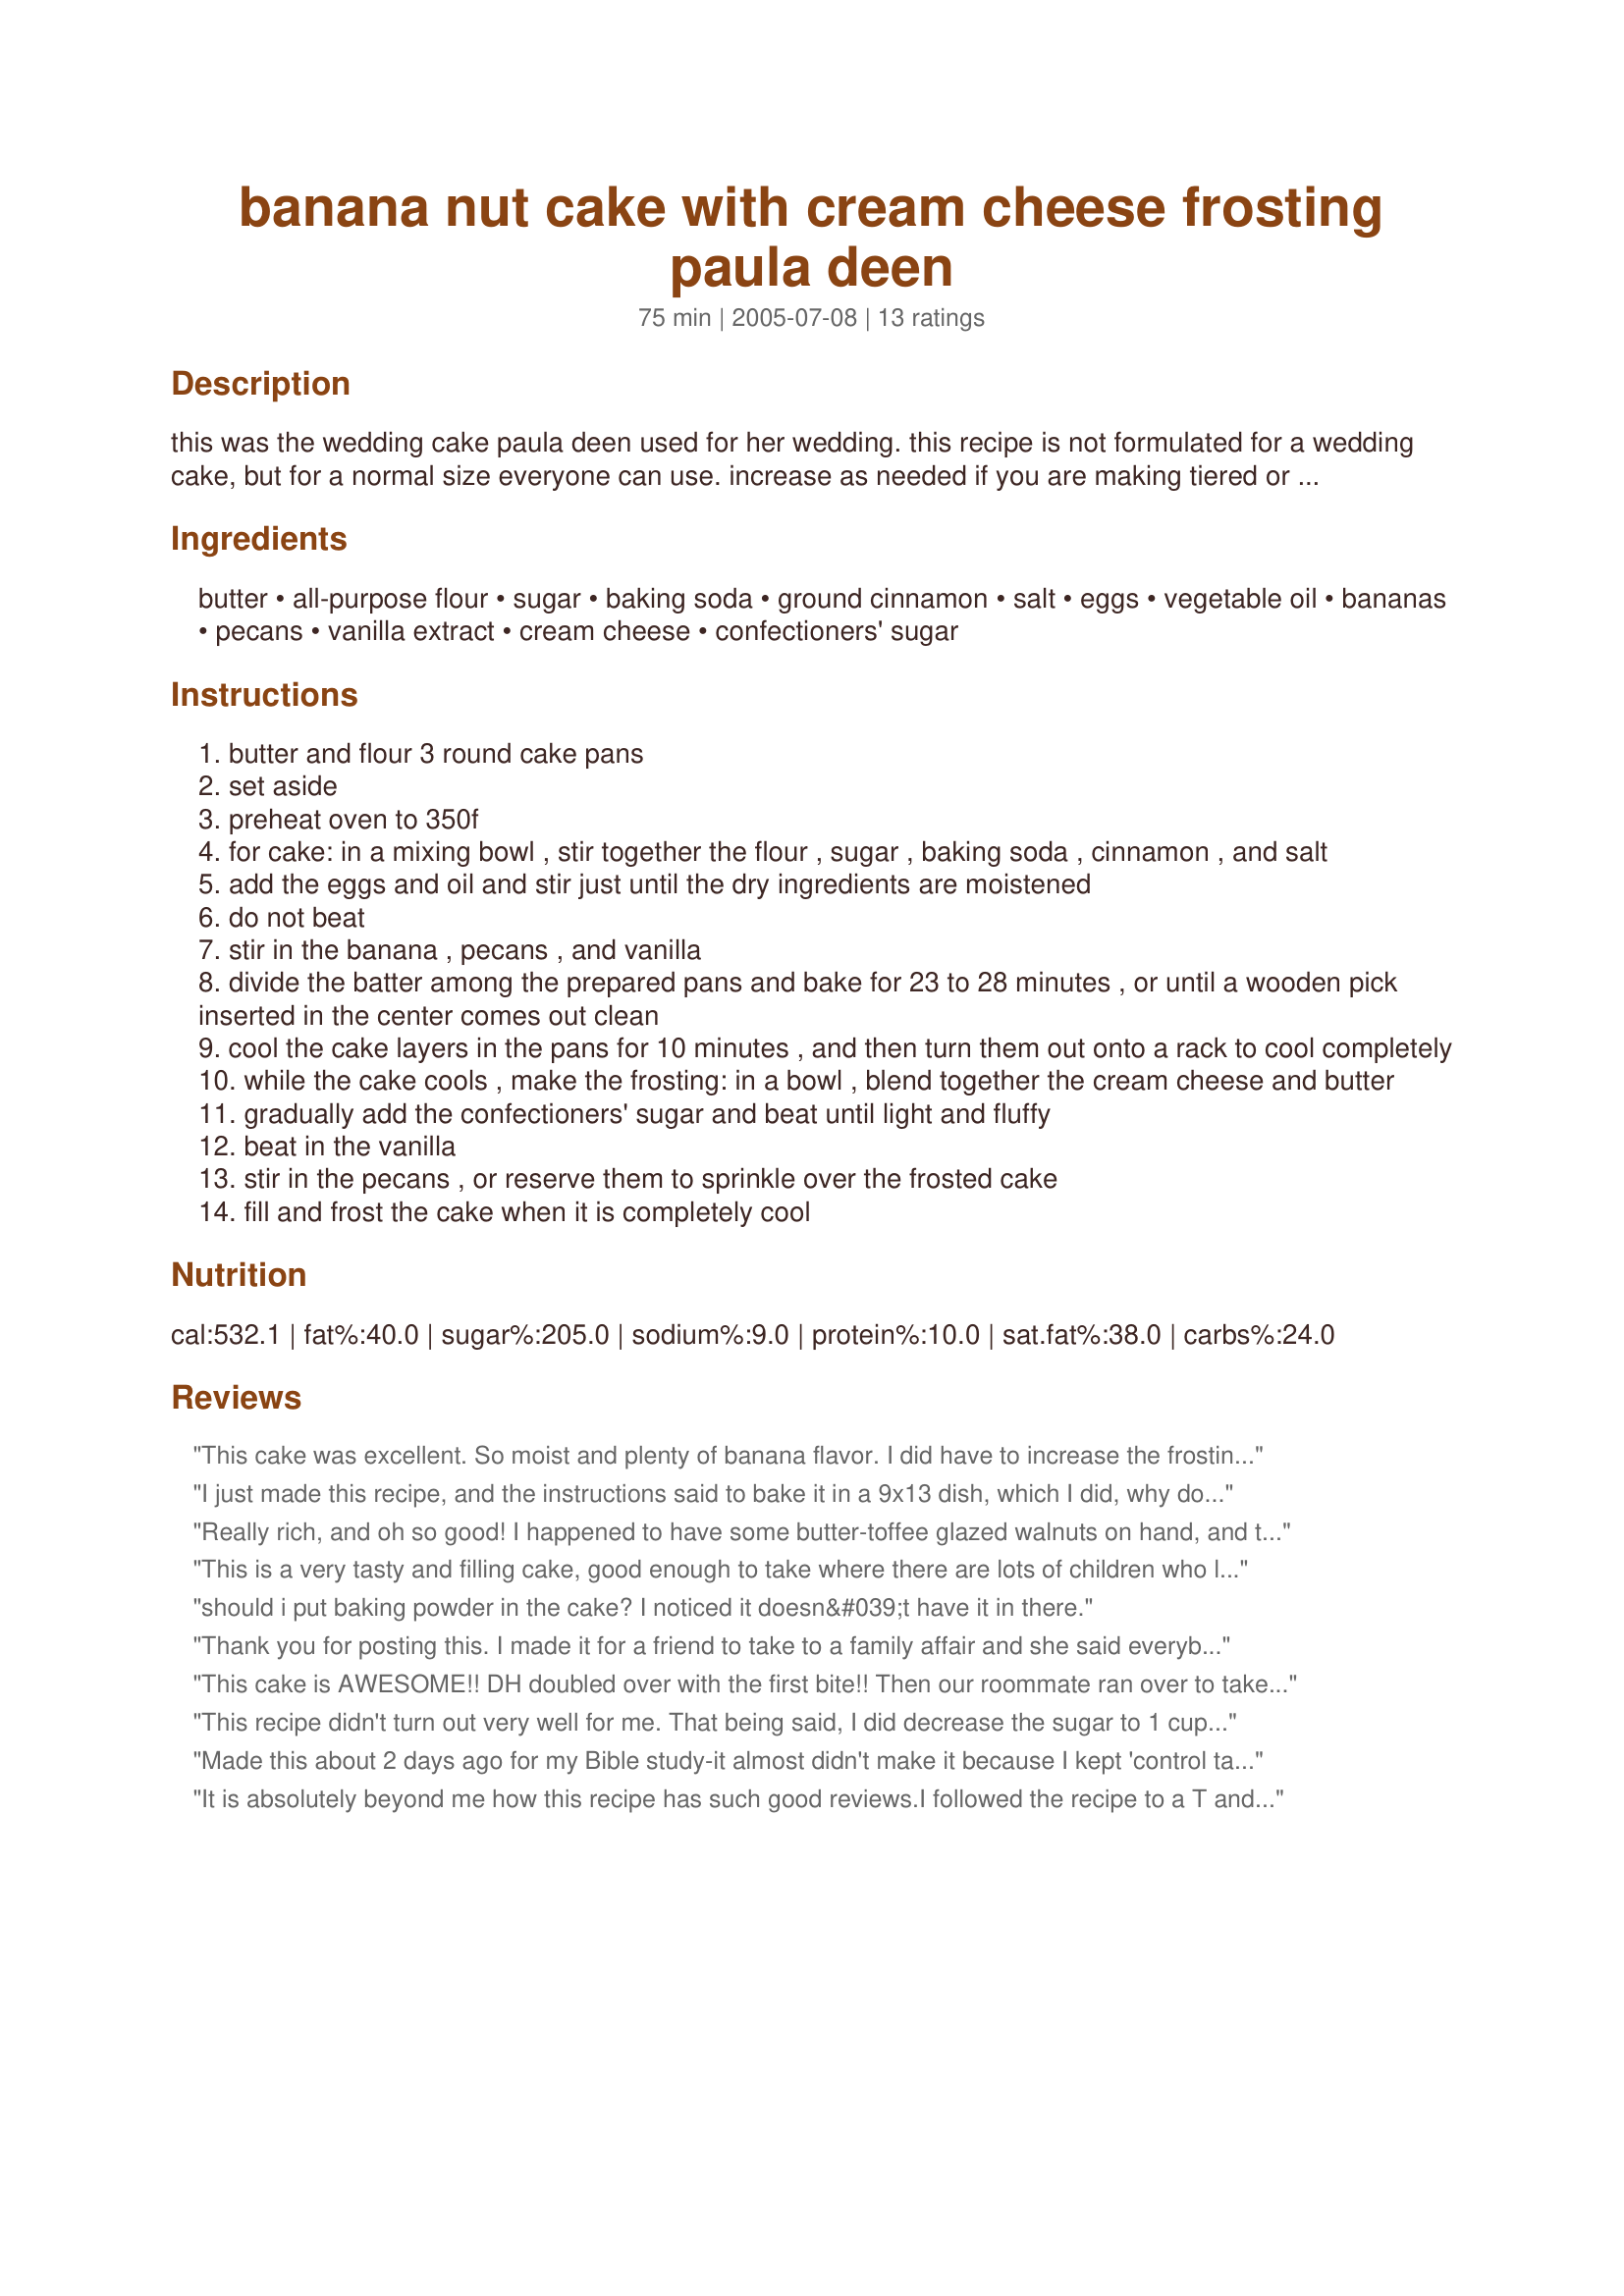
banana nut cake with cream cheese frosting paula deen
Preparation time: 75 minutes

this was the wedding cake paula deen used for her wedding. this recipe is not formulated for a wedding cake, but for a normal size everyone can use. increase as needed if you are making tiered or extra large cakes.

Ingredients:
butter, all-purpose flour, sugar, baking soda, ground cinnamon, salt, eggs, vegetable oil, bananas, pecans, vanilla extract, cream cheese, confectioners' sugar

Steps:
butter and flour 3 round cake pans
set aside
preheat oven to 350f
for cake: in a mixing bowl , stir together the flour , sugar , baking soda , cinnamon , and salt
add the eggs and oil and stir just until the dry ingredients are moistened
do not beat
stir in the banana , pecans , and vanilla
divide the batter among the prepared pans and bake for 23 to 28 minutes , or until a wooden pick inserted in the center comes out clean
cool the cake layers in the pans for 10 minutes , and then turn them out onto a rack to cool completely
while the cake cools , make the frosting: in a bowl , blend together the cream cheese and butter
gradually add the confectioners' sugar and beat until light and fluffy
beat in the vanilla
stir in the pecans , or reserve them to sprinkle over the frosted cake
fill and frost the cake when it is completely cool

Reviews:
This cake was excellent. So moist and plenty of banana flavor. I did have to increase the frosting ingredients by 50% so that I could get a nice amount between each layer of cake. I may have needed additional frosting due to the fact that I put a LOT of toasted pecans in it, which of course, keeps it from spreading as well (I did not put the nuts IN the cake batter, though). It was very good and everyone who had a slice of it loved it. Will definitely make again!
I just made this recipe, and the instructions said to bake it in a 9x13 dish, which I did, why does the photos on here show it as a layer cake? I would have done it that way but wanted to follow the recipe the first time I baked it....can't wait to try it!
Really rich, and oh so good! I happened to have some butter-toffee glazed walnuts on hand, and threw those in to the mix. We're banana purists so I skipped the frosting. Definitely a keeper of a recipe. Thanks for posting!
This is a very tasty and filling cake, good enough to take where there are lots of children who love bananas. I have had lots of good reviews whenever I've baked this one. Never did try the frosting though..
should i put baking powder in the cake? I noticed it doesn&#039;t have it in there.
Thank you for posting this. I made it for a friend to take to a family affair and she said everybody loved it. got request to make it for some of her family members.
This cake is AWESOME!! DH doubled over with the first bite!! Then our roommate ran over to take the next one...haha! I did make it as low carb as possible. I used 1 cup of sugar and 1 cup of Splenda and coconut oil in the batter. The coconut oil made it so moist! Instead of confectioners' sugar I used 2 cups of Splenda ran thru my mixer and added 2 tbsp of sugar to get the correct constancy in the frosting. I was out of Pecan's (dang it!) so I used crushed chocolate covered peanuts (all I had) in the batter and crushed toffee bars on the top! I posted pics! Thanks for sharing. This is definitely a keeper!
This recipe didn't turn out very well for me. That being said, I did decrease the sugar to 1 cup, because I thought it was too much and I cooked it in a bundt pan, which could be the reasons why. So if you are making this recipe don't make the same mistake as me. Happy Baking!!
Made this about 2 days ago for my Bible study-it almost didn't make it because I kept 'control tasting'!<br/>Like a few people said, my middle did not bake all the way and was about 60% raw. I think if I coverd the sides with foil and let it bake longer, it would bake a bit better..<br/>AS FOR THE FROSTING-It is very nice and light and not too sweet. This will be my go to frosting! Thank you for sharing this recipe!
It is absolutely beyond me how this recipe has such good reviews.I followed the recipe to a T and it was nothing like cake...it was just banana bread in the shape of a cake with frosting on it. Do yourself a favor and make a regular, simple vanilla cake and just add smashed banana and cinnamon to it. I&#039;ve done it myself and it was great. This cake was a huge, sad disappointment.
An excellent banana cake! Everyone enjoyed it. It looked beautiful as well. We chose to not frost the sides (just the top) because it looked so pretty without.
This cake is perfection. My whole family raved over it and devoured every last slice.
This recipe was absolutely fabulous!!! I made it for my 8 year old son's birthday party last week and everyone demands that I make another in the very near future.

It was very easy to make and I wouldn't change a thing.
